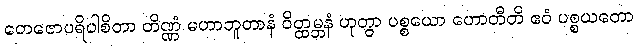
တေဇောပရိပါစိတာ တိဏ္ဏံ မဟာဘူတာနံ ဝိတ္ထမ္ဘနံ ဟုတွာ ပစ္စယော ဟောတီတိ ဧဝံ ပစ္စယတော